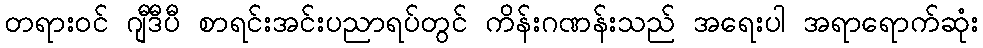
တရားဝင် ဂျီဒီပီ စာရင်းအင်းပညာရပ်တွင် ကိန်းဂဏန်းသည် အရေးပါ အရာရောက်ဆုံး